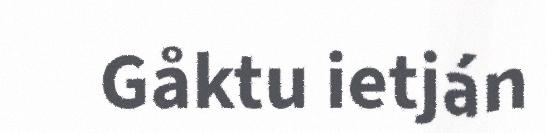
Gåktu ietján